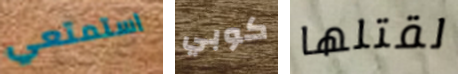
استمتعي كوبي لقتلها